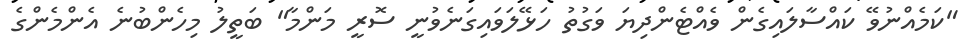
"ކަމެއްނުވޭ ކައްސާލައިގެން ވެއްޓެންދިޔަ ވަގުތު ހަޅޭލަވައިގަނެވުނީ ސޮރީ މަންމާ" ބަތީލު މިހެންބުނެ އެންމެންގެ